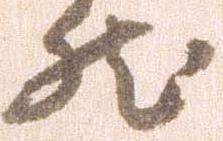
然